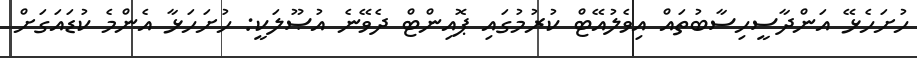
ހުށަހެޅޭ އަންދާސީހިސާބުތައް އިވެލުއޭޓް ކުރުމުގައި ޕޮއިންޓް ދެވޭނެ އުޞޫލަކީ: ހުށަހަޅާ އެންމެ ކުޑައަގަށް